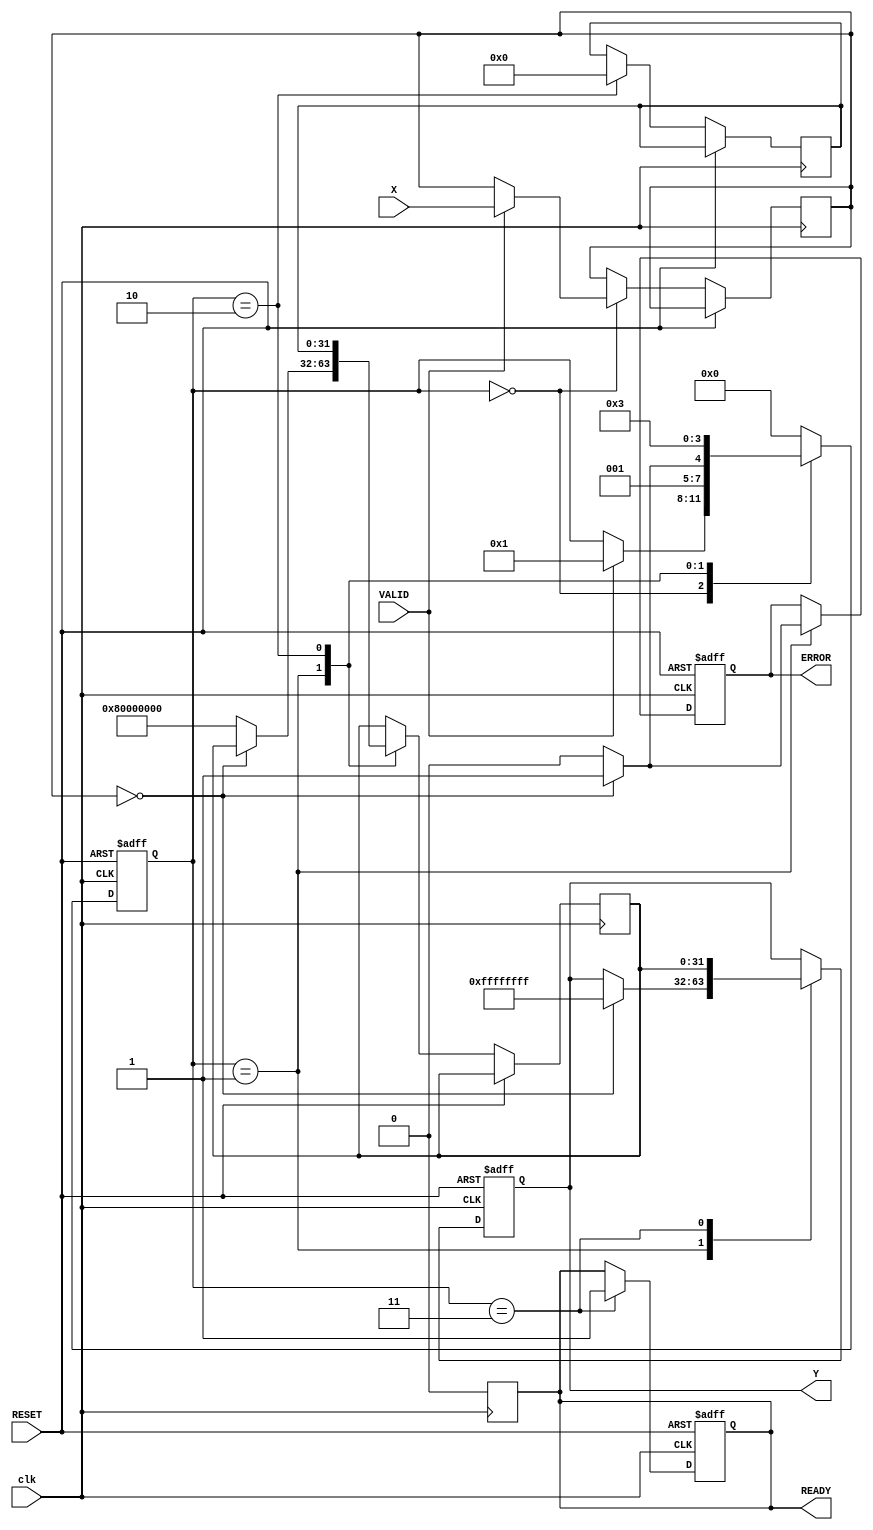
module ReciprocalUnit #(
    parameter WIDTH = 32,        // Width of input and output
    parameter ERROR_VALUE = 32'hFFFFFFFF // Error value for division by zero
)(
    input wire [WIDTH-1:0] X,    // Input data
    input wire VALID,              // Valid signal
    input wire RESET,              // Reset signal
    input wire clk,                // Clock signal
    output reg [WIDTH-1:0] Y,      // Reciprocal output
    output reg READY,              // Ready signal
    output reg ERROR               // Error signal
);

    reg [WIDTH-1:0] input_data;
    reg [3:0] state;               // State for FSM
    reg [WIDTH-1:0] approx;        // Approximation for reciprocal
    reg [WIDTH-1:0] temp;          // Temporary variable for calculations

    localparam IDLE = 4'b0000;
    localparam CHECK = 4'b0001;
    localparam CALC = 4'b0010;
    localparam OUTPUT = 4'b0011;

    // State machine for processing
    always @(posedge clk or posedge RESET) begin
        if (RESET) begin
            Y <= 0;
            READY <= 0;
            ERROR <= 0;
            state <= IDLE;
        end else begin
            case (state)
                IDLE: begin
                    if (VALID) begin
                        input_data <= X;
                        state <= CHECK;
                    end
                end

                CHECK: begin
                    if (input_data == 0) begin
                        ERROR <= 1;
                        Y <= ERROR_VALUE; // Set output to error value
                        state <= OUTPUT;
                    end else begin
                        ERROR <= 0;
                        approx <= {1'b1, {WIDTH-1{1'b0}}}; // Initial approximation (1.0)
                        state <= CALC;
                    end
                end

                CALC: begin
                    // Newton-Raphson iteration: x[n+1] = x[n] * (2 - x[n] * X)
                    temp <= approx * (2**WIDTH - input_data * approx) >> WIDTH; // Shift for fixed-point
                    approx <= temp;
                    // You can add a convergence check here if needed
                    state <= OUTPUT;
                end

                OUTPUT: begin
                    Y <= approx;
                    READY <= 1;
                    state <= IDLE; // Go back to IDLE after output
                end

                default: state <= IDLE;
            endcase
        end
    end

    // Reset READY signal after output is read
    always @(posedge clk) begin
        if (READY) begin
            READY <= 0;
        end
    end

endmodule